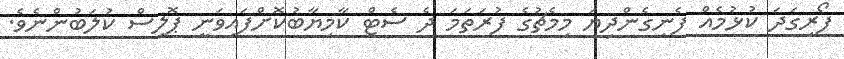
ފޯރިގަދަ ކުޅުމެއް ފެނިގެންދިޔަ މިމެޗުގެ ފުރަތަމަ ދެ ސެޓް ކާމިޔާބުކޮށްފައިވަނީ ޕޮލިސް ކުލަބުންނެވެ.